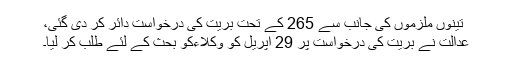
تینوں ملزموں کی جانب سے 265 کے تحت بریت کی درخواست دائر کر دی گئی،
عدالت نے بریت کی درخواست پر 29 اپریل کو وکلاءکو بحث کے لئے طلب کر لیا۔